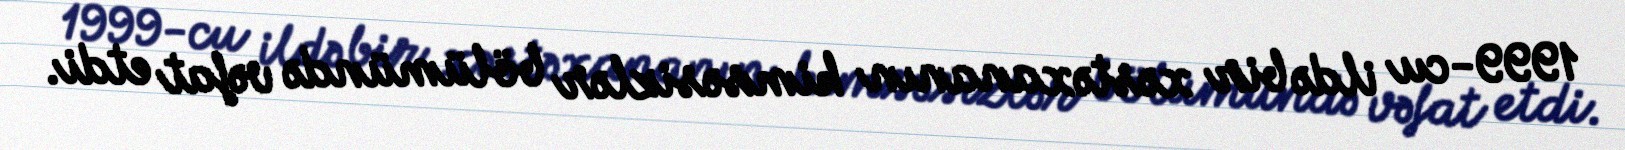
1999-cu ildə bir xəstəxananın kimsəsizlər bölümündə vəfat etdi.